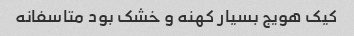
کیک هویج بسیار کهنه و خشک بود متاسفانه